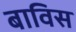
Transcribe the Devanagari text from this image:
बाविस